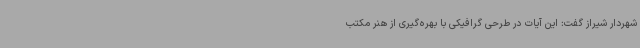
شهردار شیراز گفت: این آیات در طرحی گرافیکی با بهره‌گیری از هنر مکتب